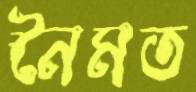
নৈমত